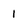
Character: 1